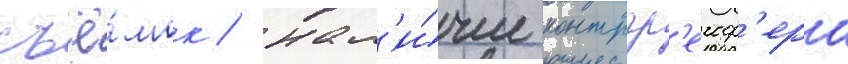
съё́мок / нал'и́чие контргр'еиф'ера